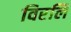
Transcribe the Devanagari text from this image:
विरलि